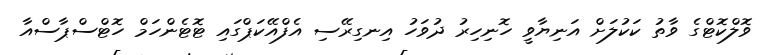
ވޮލްކޮޓްގެ ވާތު ކަކުލަށް އަނިޔާވީ ހޮނިހިރު ދުވަހު އިނގިރޭސި އެފްއޭކަޕްގައި ޓޮޓެންހަމް ހޮޓްސްޕާސްއާ